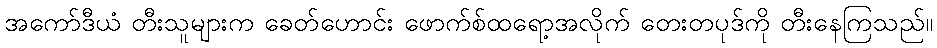
အကော်ဒီယံ တီးသူများက ခေတ်ဟောင်း ဖောက်စ်ထရော့အလိုက် တေးတပုဒ်ကို တီးနေကြသည်။